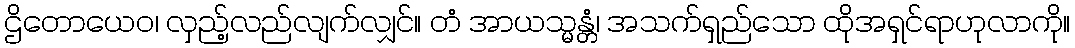
ဌိတောယေဝ၊ လှည့်လည်လျက်လျှင်။ တံ အာယသ္မန္တံ၊ အသက်ရှည်သော ထိုအရှင်ရာဟုလာကို။